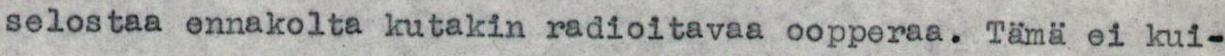
selostaa ennakolta kutakin radioitavaa oopperaa. Tämä ei kui-